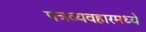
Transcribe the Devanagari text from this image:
पत्रव्यवहारमध्ये